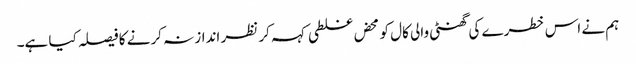
ہم نے اس خطرے کی گھنٹی والی کال کو محض غلطی کہہ کر نظر انداز نہ کرنے کا فیصلہ کیا ہے۔